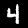
Label: 4